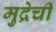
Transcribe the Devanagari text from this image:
मुद्रेची